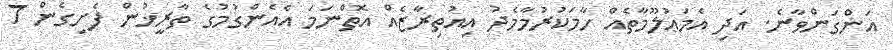
އަންގަންވާނެ. އަދި އެމަޢުލޫމާތެއް ހާމަކުރުމާމެދު އިއުތިރާޒެއް އޮތްނަމަ އެއެންގުމުގެ ތާރީޚުން ފެށިގެން 7